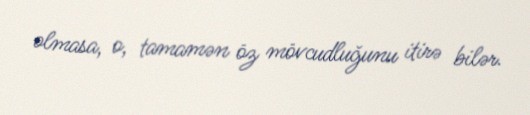
olmasa, o, tamamən öz mövcudluğunu itirə bilər.